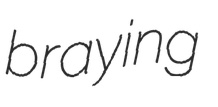
braying